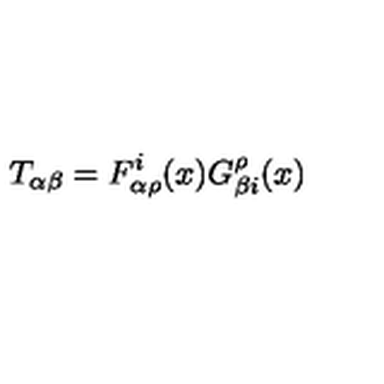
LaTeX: T _ { \alpha \beta } = F _ { \alpha \rho } ^ { i } ( x ) G _ { \beta i } ^ { \rho } ( x )